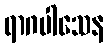
ရာဂပါသေန